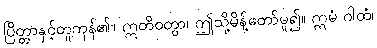
ပြိတ္တာနှင့်တူကုန်၏။ ဣတိဝတွာ၊ ဤသို့မိန့်တော်မူ၍။ ဣမံ ဂါထံ၊